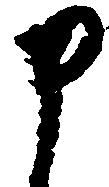
申